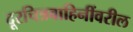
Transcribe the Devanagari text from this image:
दूरचित्रवाहिनींवरील